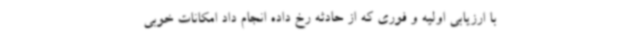
با ارزیابی اولیه و فوری که از حادثه رخ داده انجام داد امکانات خوبی